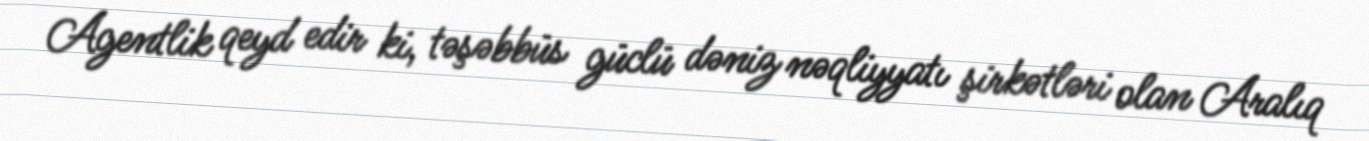
Agentlik qeyd edir ki, təşəbbüs güclü dəniz nəqliyyatı şirkətləri olan Aralıq